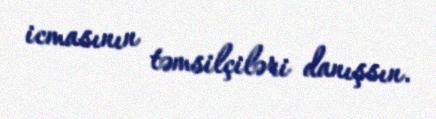
icmasının təmsilçiləri danışsın.